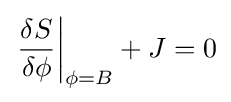
\left.{\frac {\delta S}{\delta \phi }}\right|_{\phi =B}+J=0